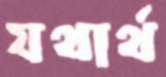
যথার্থ